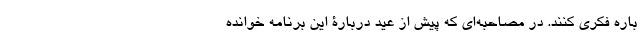
باره فکری کنند. در مصاحبه‌ای که پیش از عید دربارۀ این برنامه خوانده